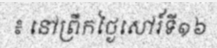
៖ នៅព្រឹកថ្ងៃសៅរ៍ទី១៦